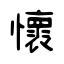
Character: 懷